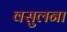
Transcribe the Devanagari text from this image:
वसुलना